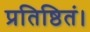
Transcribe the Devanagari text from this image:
प्रतिष्ठितं।